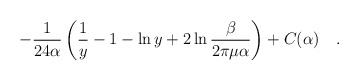
\begin{align*}-{1 \over 24\alpha}\left(\frac 1y -1 -\ln y +2\ln {\beta\over2\pi\mu\alpha}\right)+ C(\alpha )~~~.\end{align*}